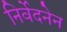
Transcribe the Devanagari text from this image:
निर्वेदनेन